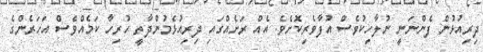
ދިރިއުޅުން ފެންނަނީ ނުލާހިކުވެސް އުފާވެރިކޮށެވެ. އެއް ރަށެއްގައި ދިރިއުޅެމުންދާތީ ހުރިހާ ކަމެއްވެސް އަހަރެންގެ